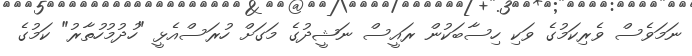
ނަމަވެސް ވެރިކަމުގެ ވަކި ހިސާބަކުން ރައީސް ނަޝީދުގެ މަގަށް ހުރަސްއެޅީ "ހުދުމުހުތާރު" ކަމުގެ